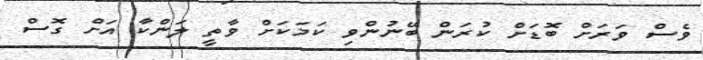
ވެސް ވަރަށް ބޮޑަށް ކުރަން ބޭނުންވި ކަމަކަށް ވާތީ ލަންކާ އަށް ގޮސް